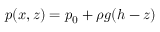
p ( x , z ) = p _ { 0 } + \rho g ( h - z )